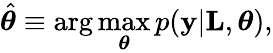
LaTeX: \hat{\boldsymbol{\theta}}\equiv\arg\operatorname*{max}_{\boldsymbol{\theta}}p(\textbf{y}|\textbf{L},\boldsymbol{\theta}),